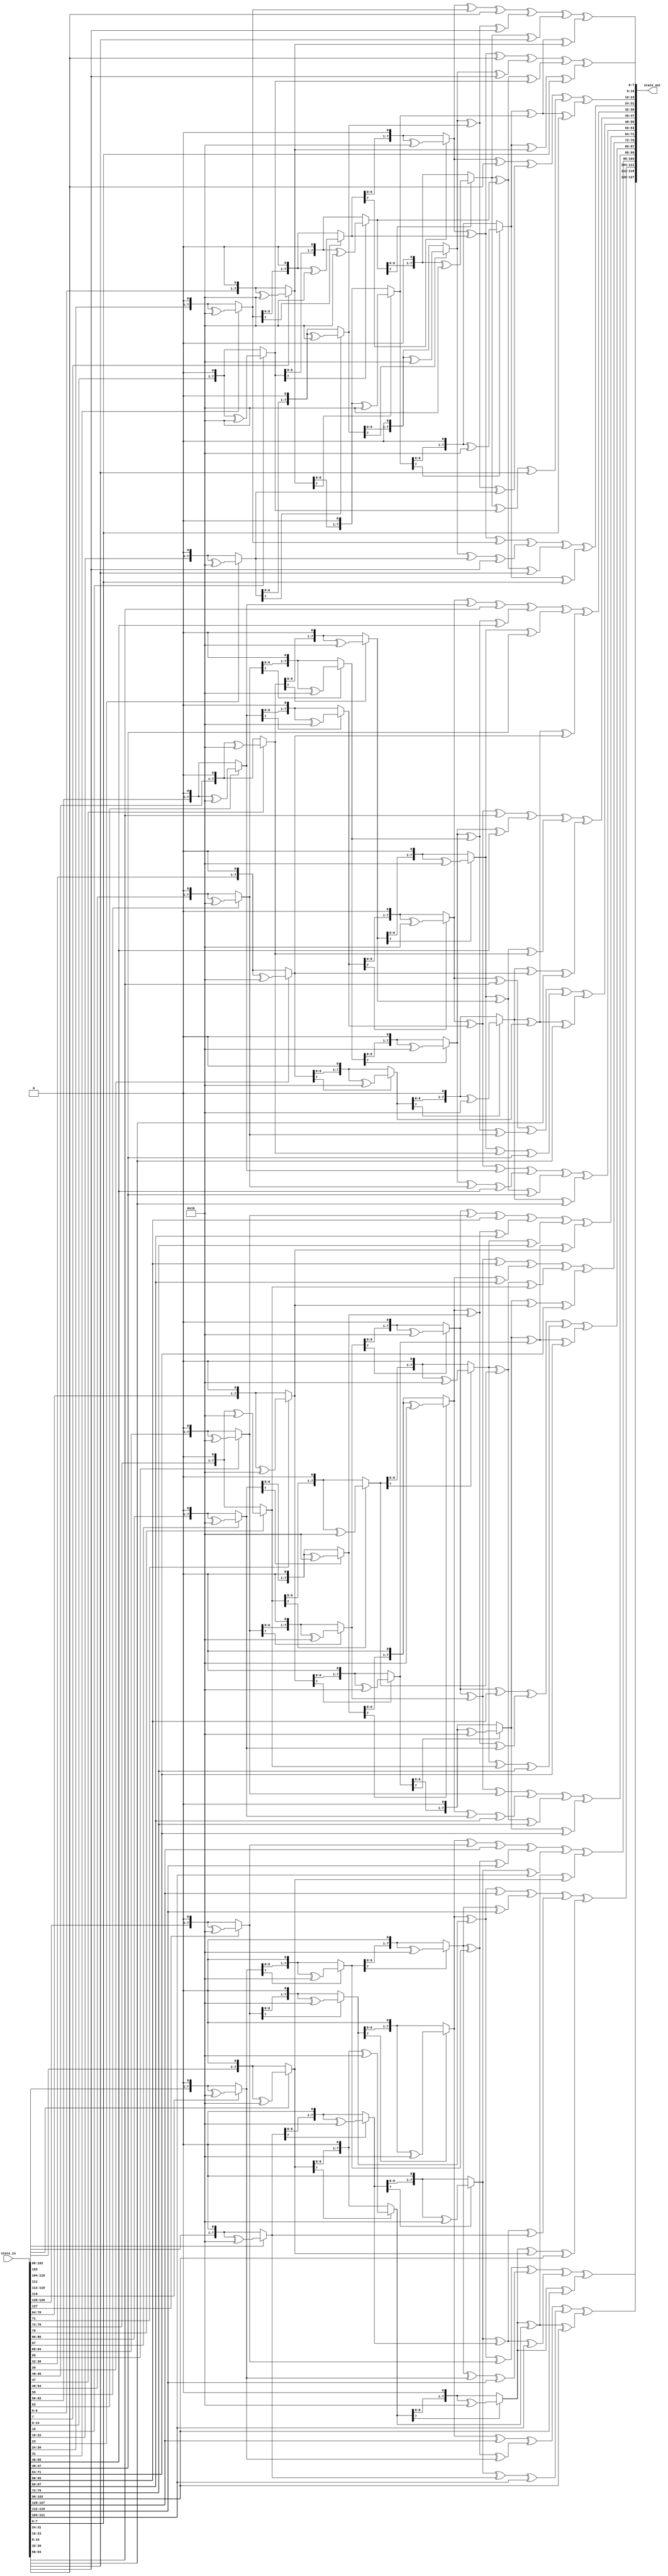
module inverseMixColumns(
    input [127:0] state_in,
    output [127:0] state_out
);

function [7:0] multBy2_nTimes;
    input [7:0] term;
    input integer n;
    integer i;
    begin
        for (i = 0; i < n; i = i + 1) begin
            if (term[7] == 1) 
                term = ((term << 1) ^ 8'h1b);
            else  
                term = term << 1;
        end
        multBy2_nTimes = term;
    end
endfunction

function [7:0] multBy0e;
    input [7:0] term;
    begin
        multBy0e = multBy2_nTimes(term, 3) ^ multBy2_nTimes(term, 2) ^ multBy2_nTimes(term, 1);
    end
endfunction

function [7:0] multBy09;
    input [7:0] term;
    begin
        multBy09 = multBy2_nTimes(term, 3) ^ term;
    end
endfunction

function [7:0] multBy0d;
    input [7:0] term;
    begin
        multBy0d = multBy2_nTimes(term, 3) ^ multBy2_nTimes(term, 2) ^ term;
    end
endfunction

function [7:0] multBy0b;
    input [7:0] term;
    begin
        multBy0b = multBy2_nTimes(term, 3) ^ multBy2_nTimes(term, 1) ^ term;
    end
endfunction

genvar i;

generate
    for (i = 0; i < 4; i = i + 1) begin : Column
        assign state_out[(i*32 + 24)+:8] = multBy0e(state_in[(i*32 + 24)+:8]) ^ multBy0b(state_in[(i*32 + 16)+:8]) ^ multBy0d(state_in[(i*32 + 8)+:8]) ^ multBy09(state_in[i*32+:8]);
        assign state_out[(i*32 + 16)+:8] = multBy09(state_in[(i*32 + 24)+:8]) ^ multBy0e(state_in[(i*32 + 16)+:8]) ^ multBy0b(state_in[(i*32 + 8)+:8]) ^ multBy0d(state_in[i*32+:8]);
        assign state_out[(i*32 + 8)+:8]  = multBy0d(state_in[(i*32 + 24)+:8]) ^ multBy09(state_in[(i*32 + 16)+:8]) ^ multBy0e(state_in[(i*32 + 8)+:8]) ^ multBy0b(state_in[i*32+:8]);
        assign state_out[i*32+:8]        = multBy0b(state_in[(i*32 + 24)+:8]) ^ multBy0d(state_in[(i*32 + 16)+:8]) ^ multBy09(state_in[(i*32 + 8)+:8]) ^ multBy0e(state_in[i*32+:8]);
    end
endgenerate

endmodule